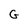
Character: G